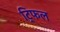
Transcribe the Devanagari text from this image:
ट्रिफल